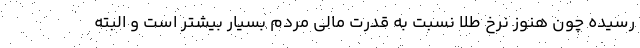
رسیده چون هنوز نرخ طلا نسبت به قدرت مالی مردم بسیار بیشتر است و البته